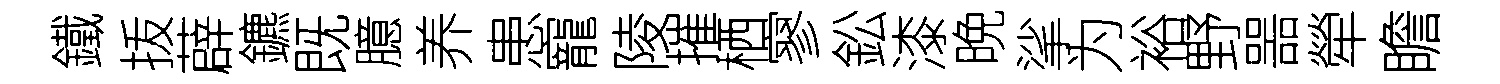
鐵㧞薜鑣既臆养患寵陵摧栖寥鈆漆晩挲为裕野噐犖瞻